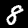
Digit: 8